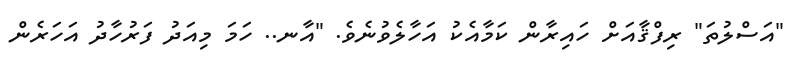
"އަސްލުތަ" ރިފްޤާއަށް ހައިރާން ކަމާއެކު އަހާލެވުނެވެ. "އާނ.. ހަމަ މިއަދު ފަރުހާދު އަހަރެން